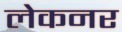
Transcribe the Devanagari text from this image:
लेकनर